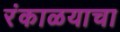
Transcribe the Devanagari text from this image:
रंकाळयाचा